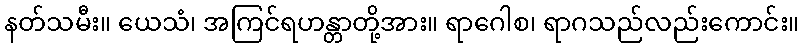
နတ်သမီး။ ယေသံ၊ အကြင်ရဟန္တာတို့အား။ ရာဂေါစ၊ ရာဂသည်လည်းကောင်း။